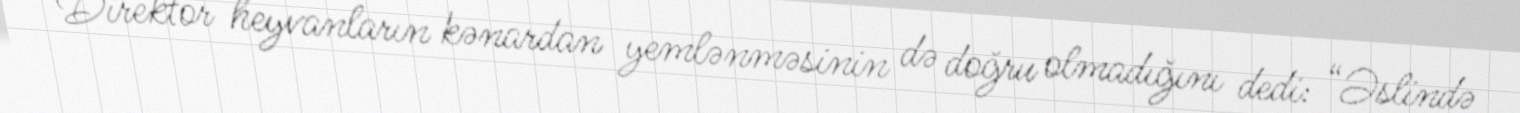
Direktor heyvanların kənardan yemlənməsinin də doğru olmadığını dedi: “Əslində